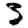
Digit: 3